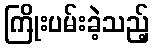
ကြိုးပမ်းခဲ့သည့်